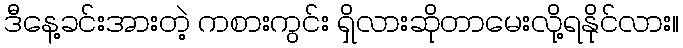
ဒီနေ့ခင်းအားတဲ့ ကစားကွင်း ရှိလားဆိုတာမေးလို့ရနိုင်လား။